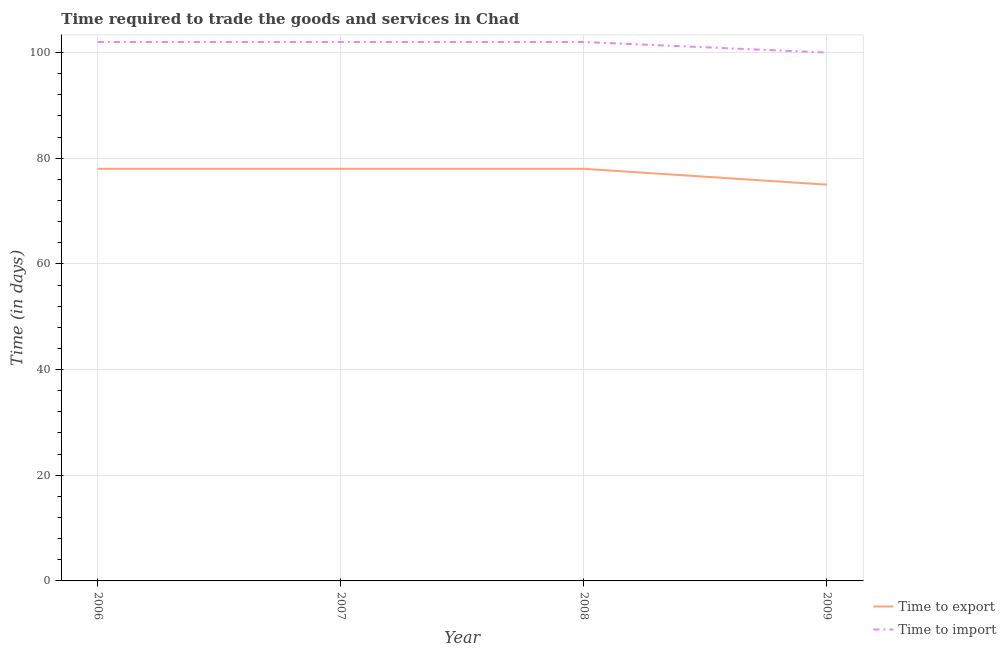
| Year | Time to export | Time to import |
 | --- | --- | --- |
 | 2006 | 78 | 102 |
 | 2007 | 78 | 102 |
 | 2008 | 78 | 102 |
 | 2009 | 75 | 100 |